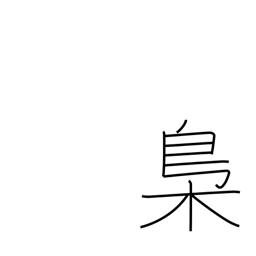
Meaning: owl